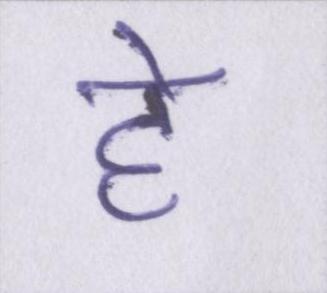
हे